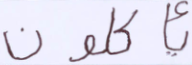
يأكلون